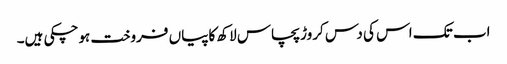
اب تک اس کی دس کروڑ پچاس لاکھ کاپیاں فروخت ہوچکی ہیں۔